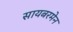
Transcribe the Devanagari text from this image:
सायबरमेन